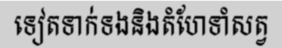
ទៀតទាក់ទងនិងតំហែទាំសត្វ